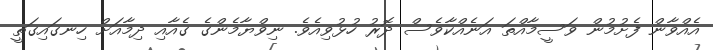
އެއްވާން ފެށުމުން ވަސީމާއްތަ އަނެއްކާވެސް ދޮރު ހުޅުވިއެވެ. ނިވްޔާމެންގެ ގެއާއި ދިމާއަށް ހިނގައިގަތީ